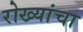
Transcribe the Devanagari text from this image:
रोख्यांचा